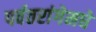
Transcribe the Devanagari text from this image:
पर्वतरांगेमधे